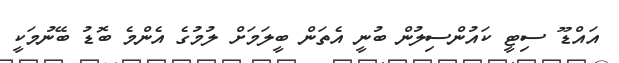
އައްޑޫ ސިޓީ ކައުންސިލުން ބުނީ އެތަން ބީލަމަށް ލުމުގެ އެންމެ ބޮޑު ބޭނުމަކީ